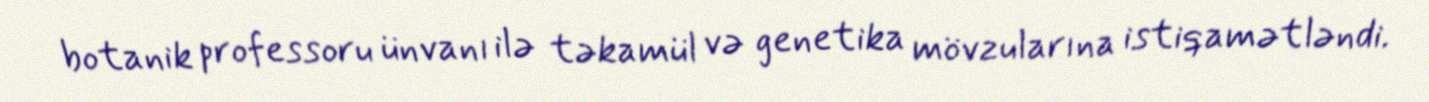
botanik professoru ünvanı ilə təkamül və genetika mövzularına istiqamətləndi.